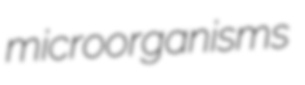
microorganisms